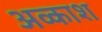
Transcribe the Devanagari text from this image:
अव्काश